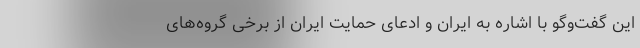
این گفت‌و‌گو با اشاره به ایران و ادعای حمایت ایران از برخی گروه‌های